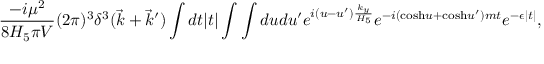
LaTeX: { \frac { - i \mu ^ { 2 } } { 8 H _ { 5 } \pi V } } ( 2 \pi ) ^ { 3 } \delta ^ { 3 } ( \vec { k } + \vec { k } ^ { \prime } ) \int d t | t | \int \int d u d u ^ { \prime } e ^ { i ( u - u ^ { \prime } ) { \frac { k _ { y } } { H _ { 5 } } } } e ^ { - i ( \mathrm { c o s h } u + \mathrm { c o s h } u ^ { \prime } ) m t } e ^ { - \epsilon | t | } ,